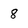
Character: 8